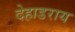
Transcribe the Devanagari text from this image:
देहाडराय